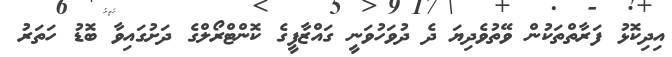
އިދިކޮޅު ފަރާތްތަކުން ވޭތުވެދިޔަ ދެ ދުވަހުވަނީ ގައްޒާފީގެ ކޮންޓްރޯލްގެ ދަށުގައިވާ ބޮޑު ހަތަރު